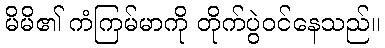
မိမိ၏ ကံကြမ်မာကို တိုက်ပွဲဝင်နေသည်။